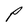
Character: P